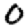
Digit: 0